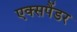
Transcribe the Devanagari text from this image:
एक्सपैंडर